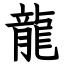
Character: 龍